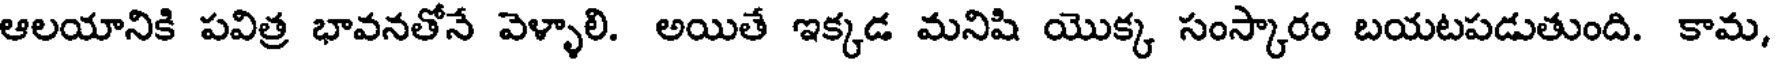
ఆలయానికి పవిత్ర భావనతోనే వెళ్ళాలి. అయితే ఇక్కడ మనిషి యొక్క సంస్కారం బయటపడుతుంది. కామ,